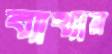
ব্যাখ্যান